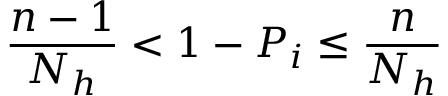
\frac { n - 1 } { N _ { h } } < 1 - P _ { i } \leq \frac { n } { N _ { h } }